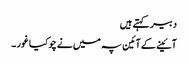
دبیر کہتے ہیں
آئینے کے آئین پہ میں نے چوکیا غور ۔